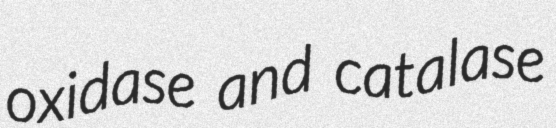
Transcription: oxidase and catalase